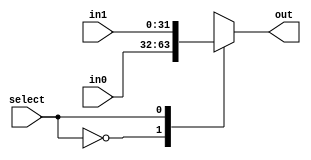
//==================================================================================================
//  Revision      : 0.1
//  Company       : Universidad Simn Bolvar
//
//  Description   : A 2-input multiplexer, with parameterizable width
//==================================================================================================

module antares_mux_2_1 #(parameter WIDTH = 32)
    (
     input [WIDTH-1:0]      in0,
     input [WIDTH-1:0]      in1,
     input                  select,
     output reg [WIDTH-1:0] out
    );

    always @(/*AUTOSENSE*/in0 or in1 or select) begin
        case (select)
            1'b0: out = in0;
            1'b1: out = in1;
        endcase // case (select)
    end // always @ (...

endmodule // antares_mux_2_1